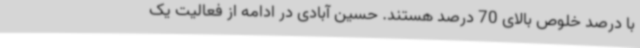
با درصد خلوص بالای 70 درصد هستند. حسین آبادی در ادامه از فعالیت یک